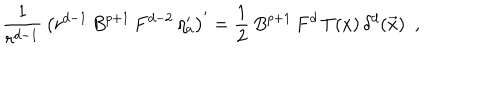
\frac { 1 } { r ^ { d - 1 } } \, \left( r ^ { d - 1 } \, B ^ { p + 1 } \, F ^ { d - 2 } \, \eta _ { a } ^ { \prime } \right) ^ { \prime } = \frac { 1 } { 2 } \, B ^ { p + 1 } \, F ^ { d } \, T ( x ) \, \delta ^ { d } ( \vec { x } ) ~ ~ ,